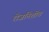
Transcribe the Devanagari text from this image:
रोजनिशीच